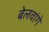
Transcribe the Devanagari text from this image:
बेलवांगे